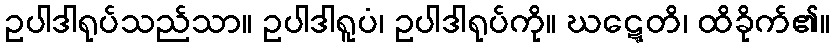
ဥပါဒါရုပ်သည်သာ။ ဥပါဒါရူပံ၊ ဥပါဒါရုပ်ကို။ ဃဋ္ဋေတိ၊ ထိခိုက်၏။